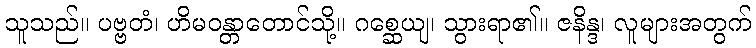
သူသည်။ ပဗ္ဗတံ၊ ဟိမဝန္တာတောင်သို့။ ဂစ္ဆေယျ၊ သွားရာ၏။ ဇနိန္ဒ၊ လူများအတွက်